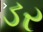
ડર